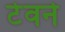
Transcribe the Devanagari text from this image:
टेवर्न